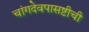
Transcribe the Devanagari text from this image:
चांगदेवपासष्टीची